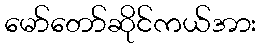
မော်တော်ဆိုင်ကယ်အား